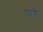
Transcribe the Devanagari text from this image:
घाणे